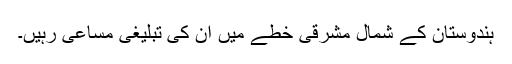
ہندوستان کے شمال مشرقی خطے میں ان کی تبلیغی مساعی رہیں۔